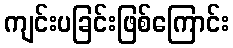
ကျင်းပခြင်းဖြစ်ကြောင်း